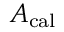
A _ { \mathrm { c a l } }